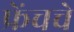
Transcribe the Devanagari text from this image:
फ्रेंचचे